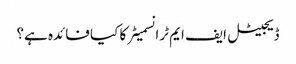
ڈیجیٹل ایف ایم ٹرانسمیٹر کا کیا فائدہ ہے؟